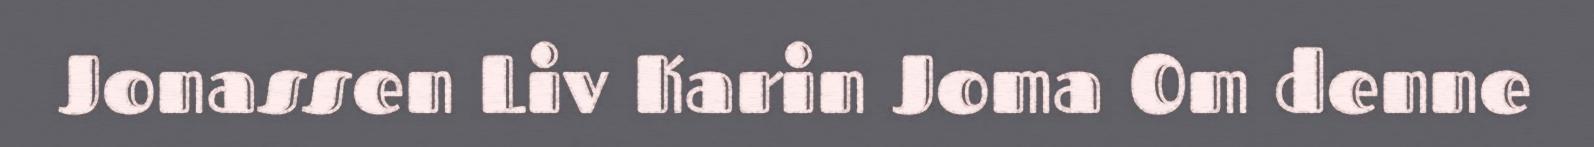
Jonassen Liv Karin Joma Om denne